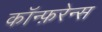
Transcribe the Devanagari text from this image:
कॉन्फ़रेन्स